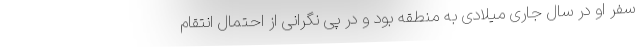
سفر او در سال جاری میلادی به منطقه بود و در پی نگرانی از احتمال انتقام